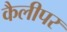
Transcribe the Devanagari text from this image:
कैलीपर